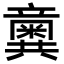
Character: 𥫆